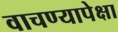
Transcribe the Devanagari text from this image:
वाचण्यापेक्षा